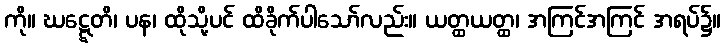
ကို။ ဃဋ္ဋေတိ၊ ပန၊ ထိုသို့ပင် ထိခိုက်ပါသော်လည်း။ ယတ္ထယတ္ထ၊ အကြင်အကြင် အရပ်၌။